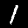
Digit: 1